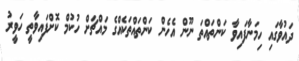
ދައުވާގައި ހިމަނާފައިވާ ކަންތައްތަ ނޫން އެހެން ކަންތައްތަކެއްގެ މައްޗަށް ހުކުމް ކޮށްފައިވާތީ ހަވީރު